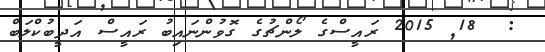
:  18